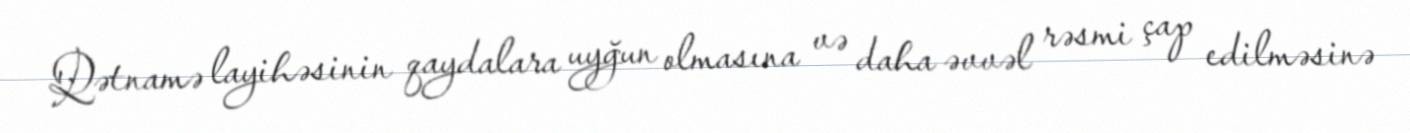
Qətnamə layihəsinin qaydalara uyğun olmasına və daha əvvəl rəsmi çap edilməsinə